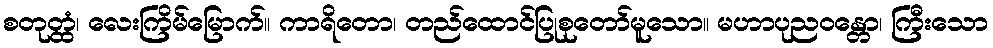
စတုတ္ထံ၊ လေးကြိမ်မြောက်။ ကာရိတော၊ တည်ထောင်ပြုစုတော်မူသော။ မဟာပုညဝန္တော၊ ကြီးသော